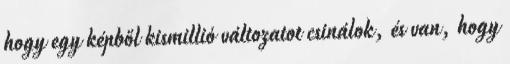
hogy egy képből kismillió változatot csinálok, és van, hogy